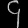
Digit: ၄